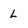
Character: L